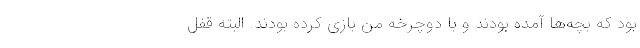
بود که بچه‌ها آمده بودند و با دوچرخه من بازی کرده بودند. البته قفل